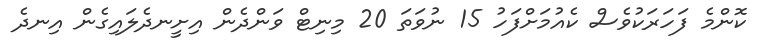
ކޮންމެ ފަހަރަކުވެސް ކެއުމަށްފަހު 15 ނުވަތަ 20 މިނިޓް ވަންދެން އިށީނދެލައިގެން އިނދެ